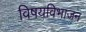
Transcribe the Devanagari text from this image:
विषयविभाजन